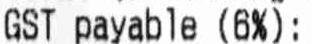
GST PAYABLE (6%):